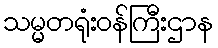
သမ္မတရုံးဝန်ကြီးဌာန